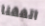
اتفقنا